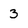
Character: 3